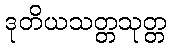
ဒုတိယသတ္တသုတ္တ